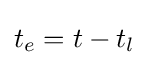
t_{e}=t-t_{l}